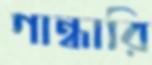
গান্ধারি